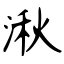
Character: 湫